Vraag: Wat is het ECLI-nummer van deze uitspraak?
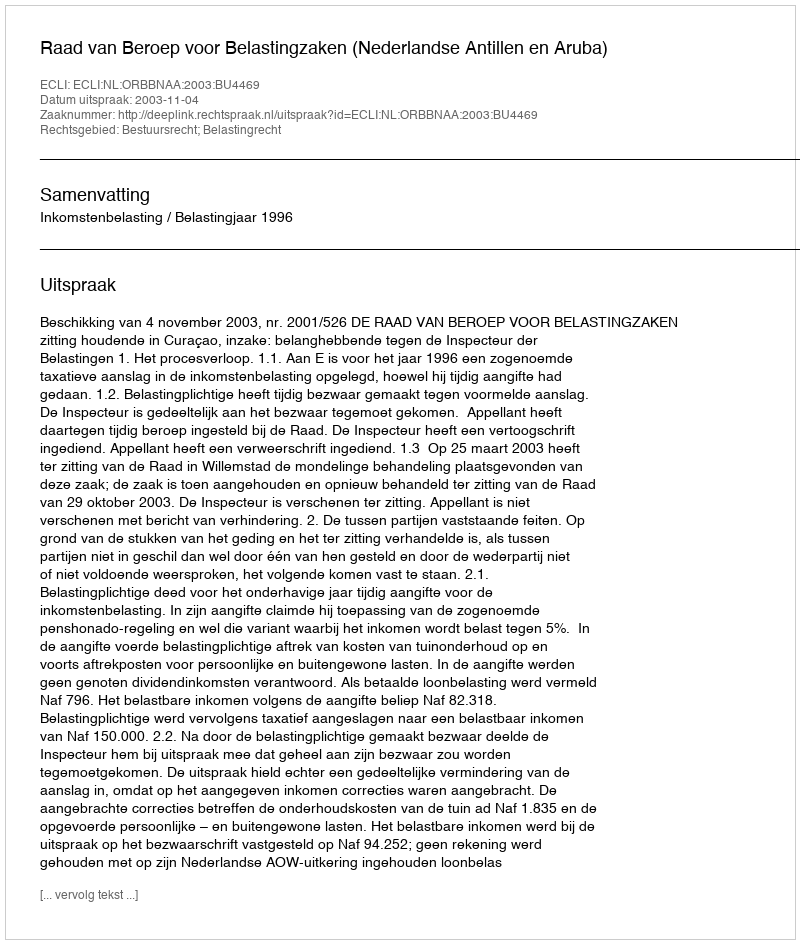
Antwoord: ECLI:NL:ORBBNAA:2003:BU4469